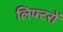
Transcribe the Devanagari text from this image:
लिफ्टरों